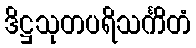
ဒိဋ္ဌသုတပရိသင်္ကိတံ